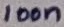
Text: 100n